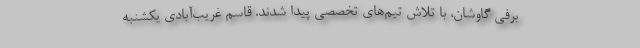
برفی گاوشان، با تلاش تیم‌های تخصصی پیدا شدند. قاسم غریب‌آبادی یکشنبه